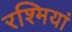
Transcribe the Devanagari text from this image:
रश्मियां